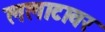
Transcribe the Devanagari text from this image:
ललाटावर